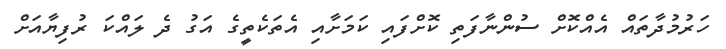
ހަރުމުދާތައް އެއްކޮށް ސުންނާފަތި ކޮށްފައި ކަމަށާއި އެތަކެތީގެ އަގު ދެ ލައްކަ ރުފިޔާއަށް